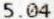
5.04